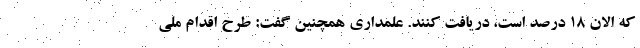
که الان 18 درصد است، دریافت کنند. علمداری همچنین گفت: طرح اقدام ملی